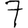
Digit: 7